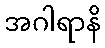
အဂါရာနိ